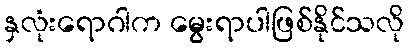
နှလုံးရောဂါက မွေးရာပါဖြစ်နိုင်သလို